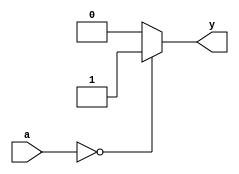
module cero #(parameter n = 32)(a, y);
	input [n-1:0] a;
	output reg y;
	always @(*)begin
	if(a==32'b0)
	begin
		y = 1;
	end	
	else
	begin
		y = 0;
	end
	end
endmodule